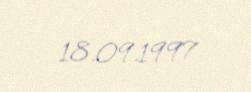
18.09.1997